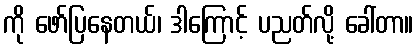
ကို ဖော်ပြနေတယ်၊ ဒါကြောင့် ပညတ်လို့ ခေါ်တာ။